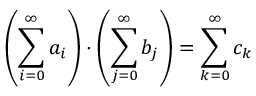
\left( \sum _ { i = 0 } ^ { \infty } a _ { i } \right) \cdot \left( \sum _ { j = 0 } ^ { \infty } b _ { j } \right) = \sum _ { k = 0 } ^ { \infty } c _ { k }